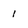
Character: i